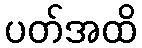
ပတ်အထိ